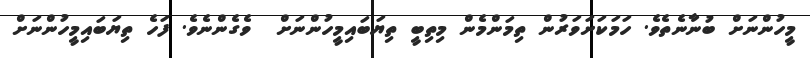
މީހުންނަށް ބުނާނެތެވެ. ހަމަކަށަވަރުން ތިމަންމެން މިތިބީ ތިޔަބައިމީހުންނަށް  ވެގެންނެވެ. ފަހެ ތިޔަބައިމީހުންނަށް